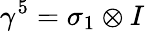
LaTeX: \gamma^{5}=\sigma_{1}\otimes I